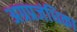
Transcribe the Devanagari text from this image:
अग्रप्रजंधिका